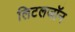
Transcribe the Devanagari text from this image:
लिटलजॉन